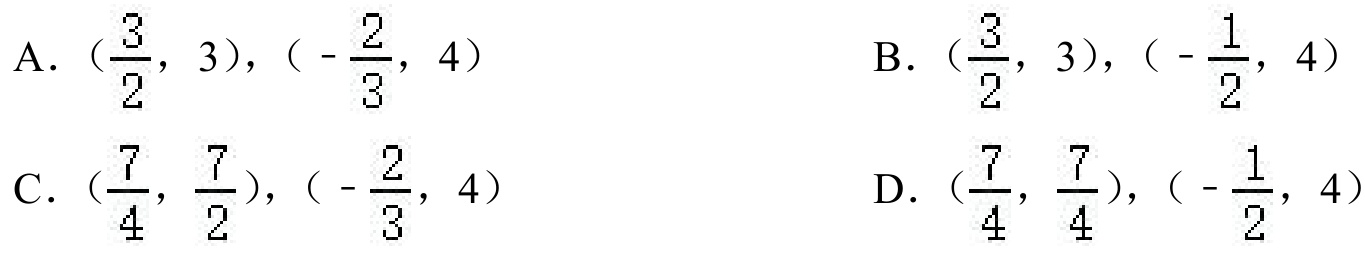
A. $(\frac{3}{2},3),(-\frac{2}{3},4)$  B. $(\frac{3}{2},3),(-\frac{1}{2},4)$
C. $(\frac{7}{4},\frac{7}{2}),(-\frac{2}{3},4)$  D. $(\frac{7}{4},\frac{7}{4}),(-\frac{1}{2},4)$